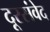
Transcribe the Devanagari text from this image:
दूरसंवेद